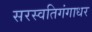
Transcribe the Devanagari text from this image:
सरस्वतिगंगाधर